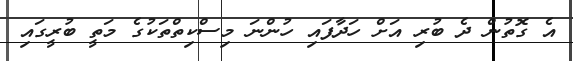
އެ ގޮތުން ދެ ބުރި އަށް ހަދާފައި ހުންނަ މިސްކިތްތަކުގެ މަތީ ބުރީގައި